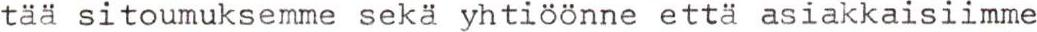
tää sitoumuksemme sekä yhtiöönne että asiakkaisiimme